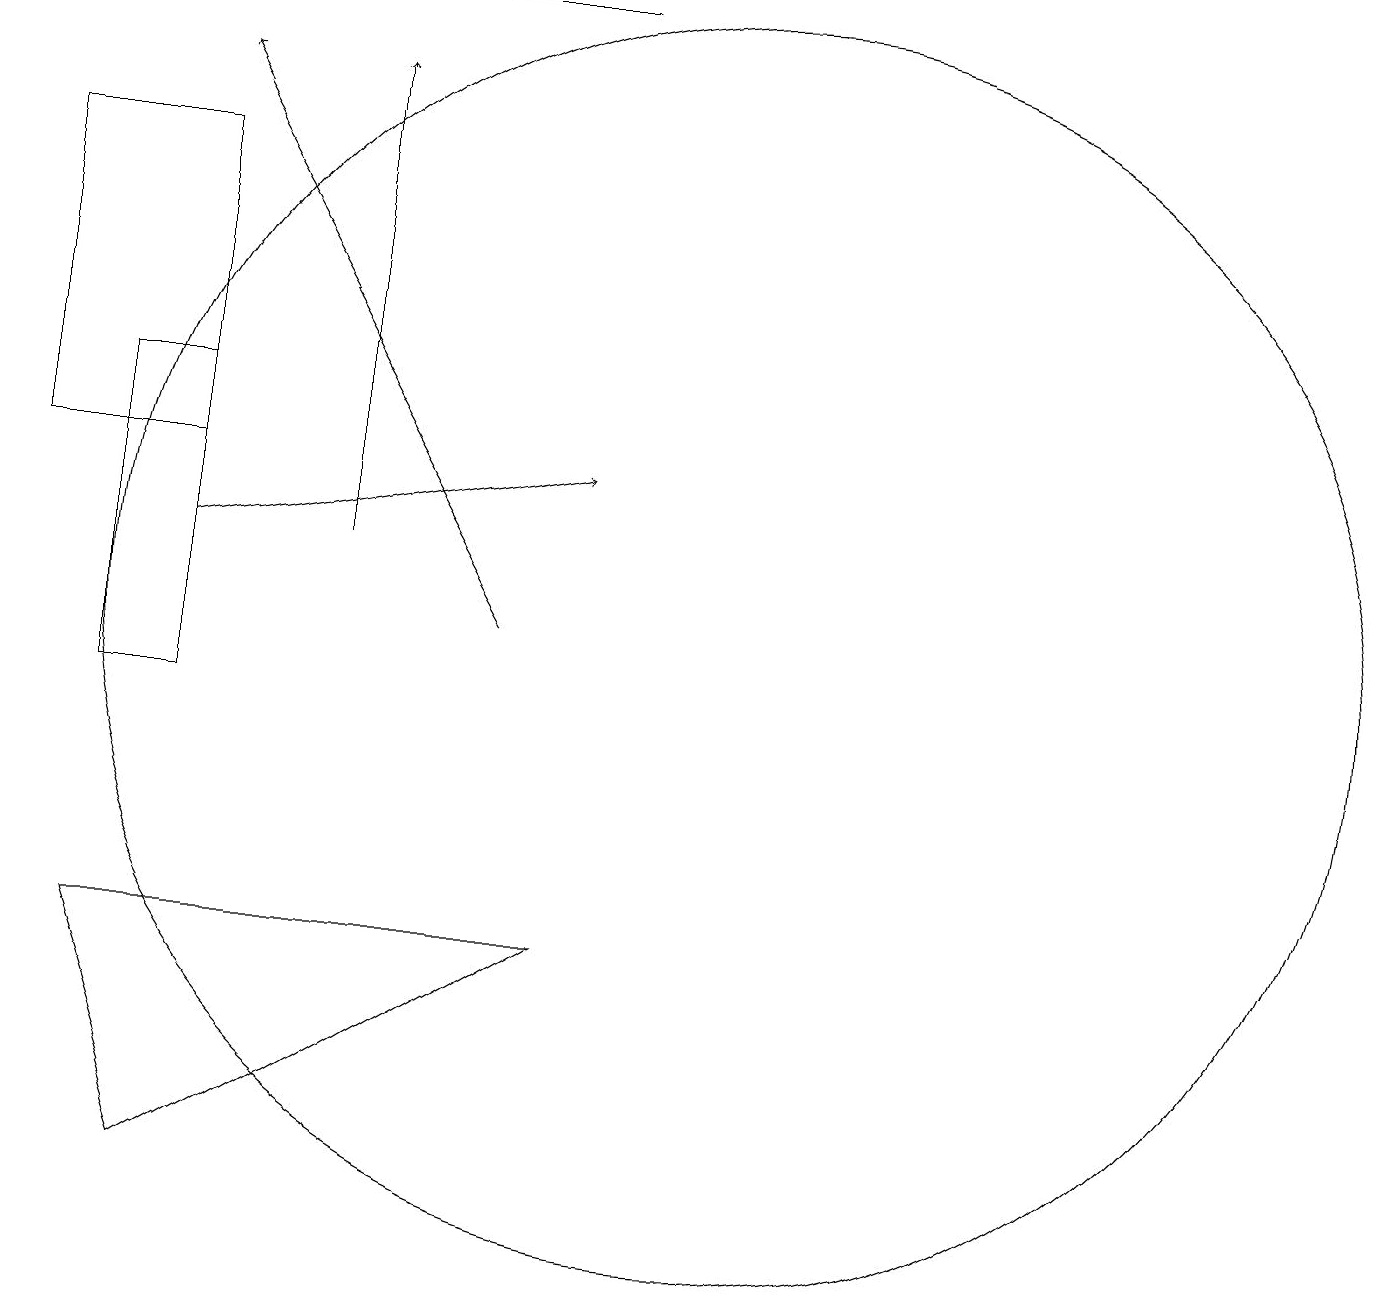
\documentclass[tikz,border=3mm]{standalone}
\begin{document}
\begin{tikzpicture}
\draw (6,19) rectangle (8,19);
\draw (3,17) rectangle (1,13);
\draw[->] (5,12) -- (5,18);
\draw (10,11) circle (8);
\draw (2,7) -- (3,4) -- (8,7) -- cycle;
\draw (3,14) rectangle (2,10);
\draw[->] (3,12) -- (8,13);
\draw[->] (7,11) -- (3,18);
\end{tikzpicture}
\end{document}